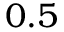
0 . 5